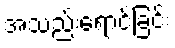
အသည်းရောင်ခြင်း